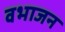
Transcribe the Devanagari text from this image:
वभाजन